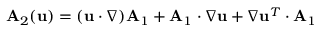
\mathbf { A } _ { 2 } ( \mathbf { u } ) = ( \mathbf { u } \cdot \boldsymbol \nabla ) \mathbf { A } _ { 1 } + \mathbf { A } _ { 1 } \boldsymbol \cdot \nabla \mathbf { u } + \boldsymbol \nabla \mathbf { u } ^ { T } \cdot \mathbf { A } _ { 1 }